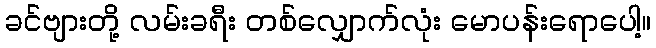
ခင်ဗျားတို့ လမ်းခရီး တစ်လျှောက်လုံး မောပန်းရောပေါ့။